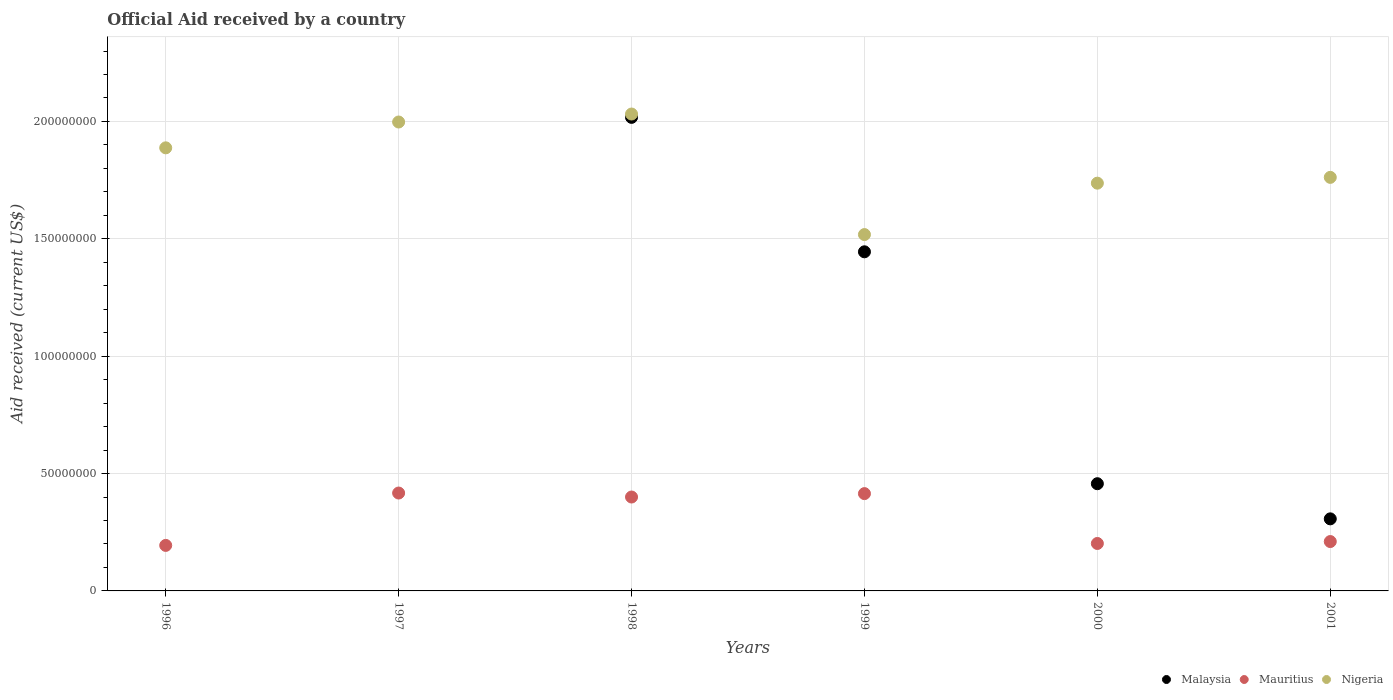
| Years | Malaysia | Mauritius | Nigeria |
 | --- | --- | --- | --- |
 | 1996 | -4.57e+08 | 1.94e+07 | 1.89e+08 |
 | 1997 | -2.41e+08 | 4.17e+07 | 2e+08 |
 | 1998 | 2.02e+08 | 4e+07 | 2.03e+08 |
 | 1999 | 1.44e+08 | 4.14e+07 | 1.52e+08 |
 | 2000 | 4.57e+07 | 2.02e+07 | 1.74e+08 |
 | 2001 | 3.07e+07 | 2.1e+07 | 1.76e+08 |